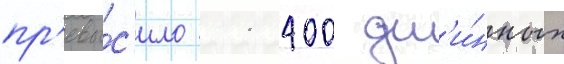
пр'евы́с'ило 11 400 дл'и́нных